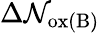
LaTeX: \Delta\mathcal{N}_{\mathrm{{ox(B)}}}